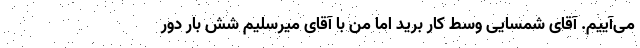
می‌آییم. آقای شمسایی وسط کار برید اما من با آقای میرسلیم شش بار دور